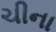
ચીના